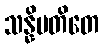
သန္နိပတိတေ